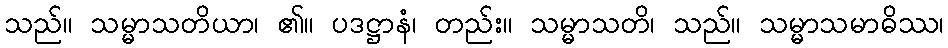
သည်။ သမ္မာသတိယာ၊ ၏။ ပဒဋ္ဌာနံ၊ တည်း။ သမ္မာသတိ၊ သည်။ သမ္မာသမာဓိဿ၊